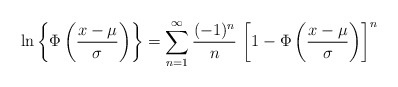
\begin{align*}&\ln\left\{\Phi\left( \frac{x-\mu}{\sigma}\right)\right\}=\sum_{n=1}^{\infty}\frac{(-1)^n}{n}\,\left[1-\Phi\left( \frac{x-\mu}{\sigma}\right)\right]^n\end{align*}